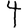
Digit: 4